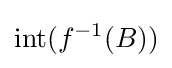
\operatorname {int} (f^{-1}(B))